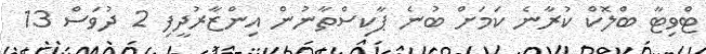
ޓްވިޓާ ބްލޮކް ކުރާނެ ކަމަށް ބުނެ ޕާކިސްތާނުން އިންޒާރުދީފި 2 ދުވަސް 13